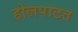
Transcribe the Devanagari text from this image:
होलपाटत